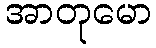
အာတုမော